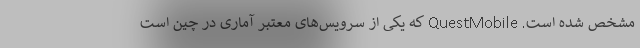
مشخص شده است. QuestMobile که یکی از سرویس‌های معتبر آماری در چین است